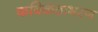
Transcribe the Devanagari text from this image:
कविकंठाभरण